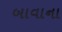
બાવાના